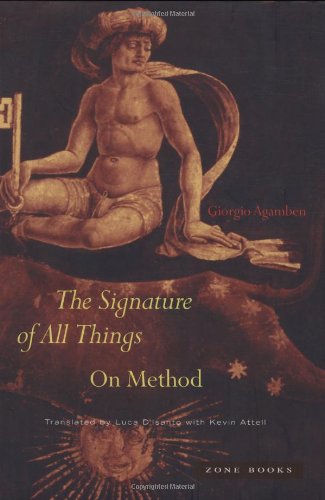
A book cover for The Signature of All Things: On Method; Giorgio Agamben; Politics & Social Sciences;